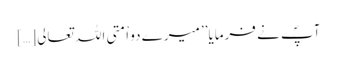
آپؐ نے فرمایا’’ میرے دو اْمتی اللہ تعالی […]